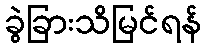
ခွဲခြားသိမြင်ရန်